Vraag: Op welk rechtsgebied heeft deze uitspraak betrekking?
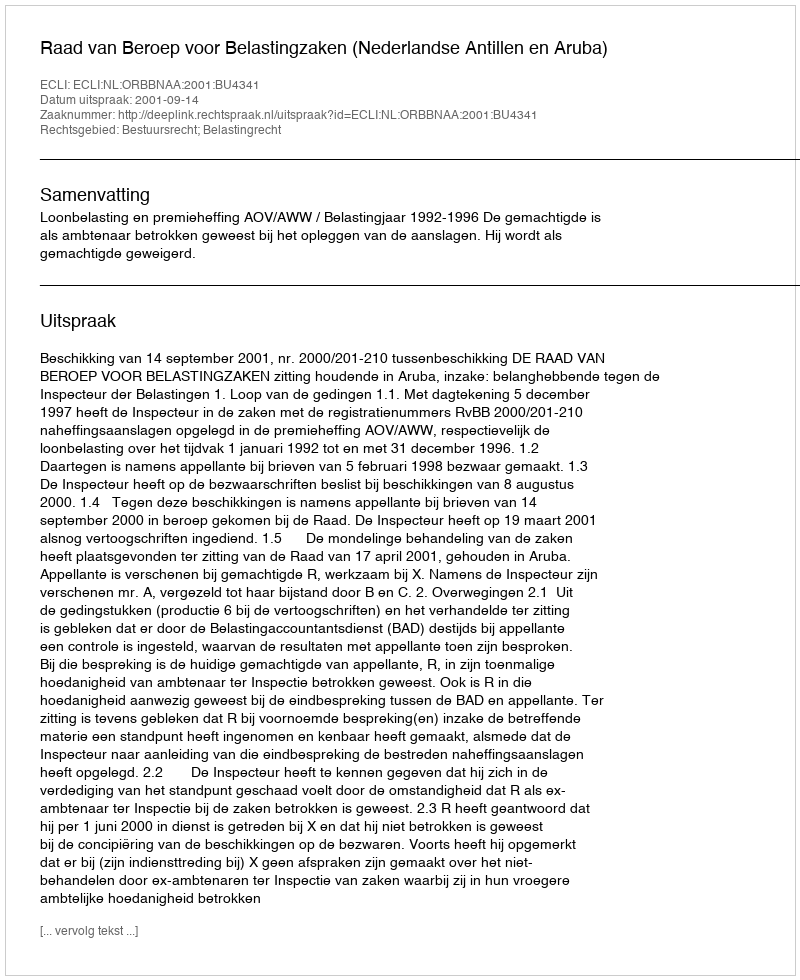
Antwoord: Bestuursrecht; Belastingrecht